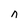
Character: n